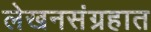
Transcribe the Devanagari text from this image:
लेखनसंग्रहात